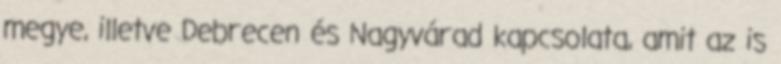
megye, illetve Debrecen és Nagyvárad kapcsolata, amit az is